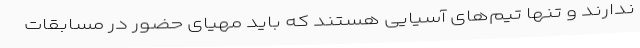
ندارند و تنها تیم‌های آسیایی هستند که باید مهیای حضور در مسابقات